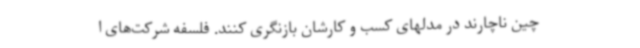
چین ناچارند در مدلهای کسب و کارشان بازنگری کنند. فلسفه شرکت‌های ا